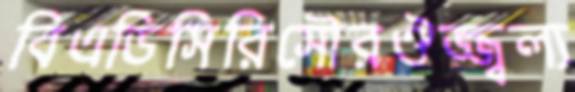
বিএডিসিরিসৌরঔজ্জ্বল্য